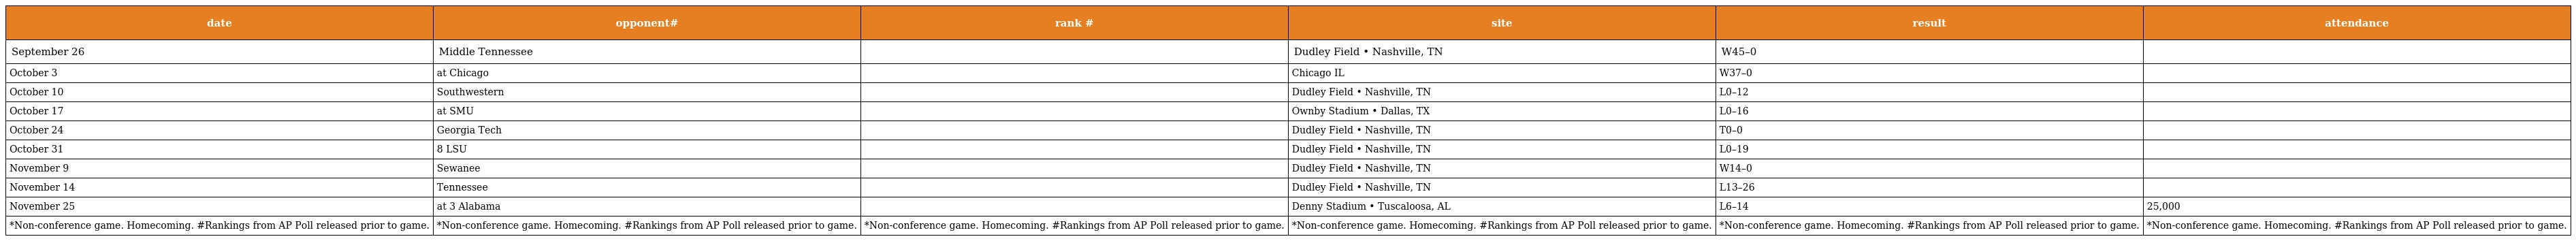
| date | opponent# | rank # | site | result | attendance |
 | --- | --- | --- | --- | --- | --- |
 | September 26 | Middle Tennessee |  | Dudley Field • Nashville, TN | W45–0 |  |
 | October 3 | at Chicago |  | Chicago IL | W37–0 |  |
 | October 10 | Southwestern |  | Dudley Field • Nashville, TN | L0–12 |  |
 | October 17 | at SMU |  | Ownby Stadium • Dallas, TX | L0–16 |  |
 | October 24 | Georgia Tech |  | Dudley Field • Nashville, TN | T0–0 |  |
 | October 31 | 8 LSU |  | Dudley Field • Nashville, TN | L0–19 |  |
 | November 9 | Sewanee |  | Dudley Field • Nashville, TN | W14–0 |  |
 | November 14 | Tennessee |  | Dudley Field • Nashville, TN | L13–26 |  |
 | November 25 | at 3 Alabama |  | Denny Stadium • Tuscaloosa, AL | L6–14 | 25,000 |
 | *Non-conference game. Homecoming. #Rankings from AP Poll released prior to game. | *Non-conference game. Homecoming. #Rankings from AP Poll released prior to game. | *Non-conference game. Homecoming. #Rankings from AP Poll released prior to game. | *Non-conference game. Homecoming. #Rankings from AP Poll released prior to game. | *Non-conference game. Homecoming. #Rankings from AP Poll released prior to game. | *Non-conference game. Homecoming. #Rankings from AP Poll released prior to game. |